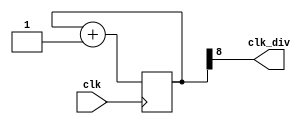
`timescale 1ns / 1ps

module clk_gen_BCD_matrix(
    input clk,
    output clk_div
    );
    reg [25:0]Q;

    initial
     Q = 0;

    // use zero for simulation 
    //assign clk_div = Q[0]; // 50 MHz -> 50MHz
    // use twenty for actual implementation
    assign clk_div = Q[8]; // 100 MHz -> 

    always@(posedge clk)   
        begin
            Q <= Q + 1;
        end    
    
    
endmodule